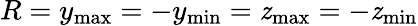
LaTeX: R=y_{\operatorname*{max}}=-y_{\operatorname*{min}}=\mathit{z}_{\operatorname*{max}}=-\mathit{z}_{\operatorname*{min}}